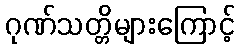
ဂုဏ်သတ္တိများကြောင့်